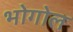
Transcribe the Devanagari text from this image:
भोगोल